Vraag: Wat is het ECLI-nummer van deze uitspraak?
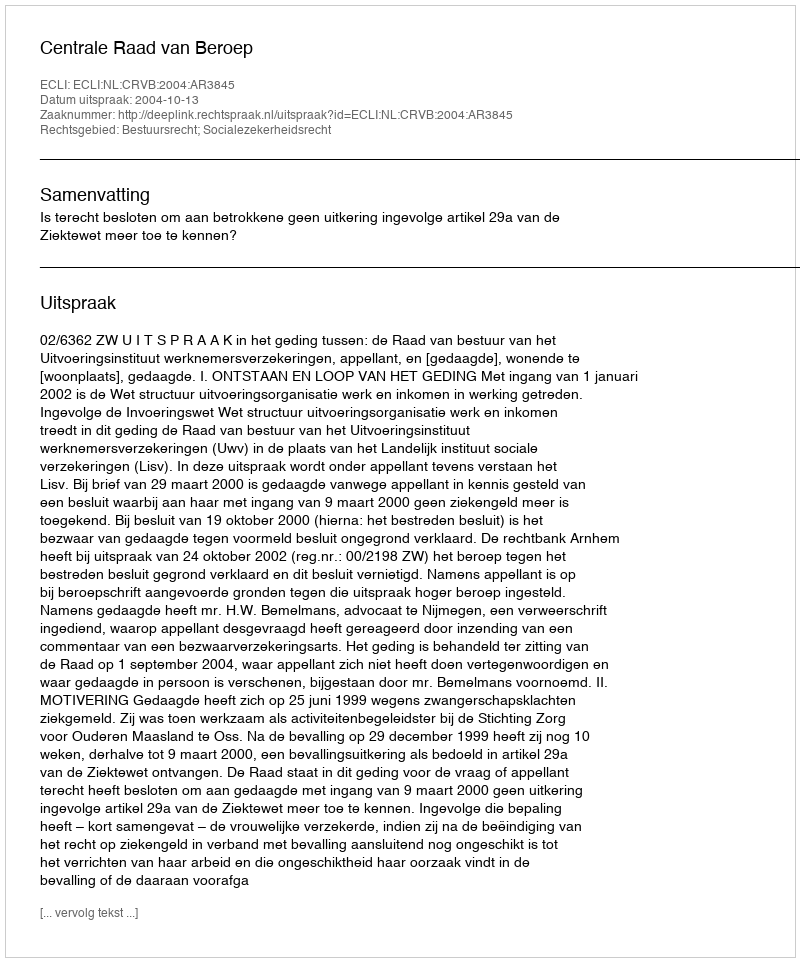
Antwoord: ECLI:NL:CRVB:2004:AR3845